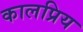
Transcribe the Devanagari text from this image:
कालप्रिय